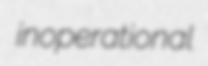
inoperational